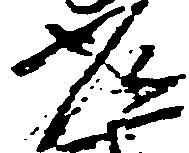
常